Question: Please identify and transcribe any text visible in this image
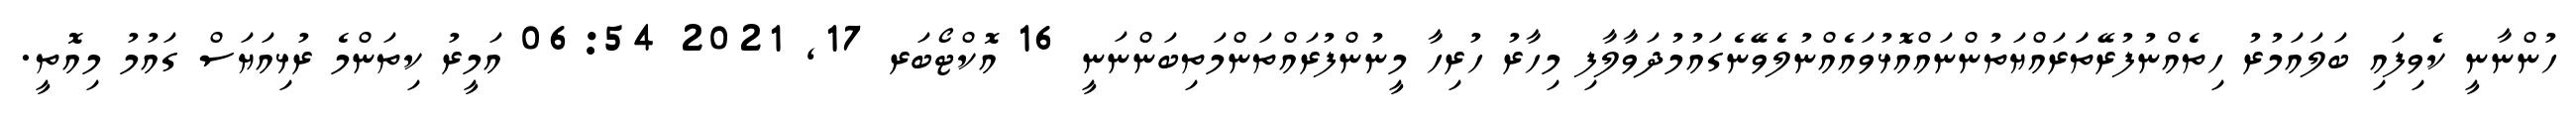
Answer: ހުންނާނީ ކެވިފައި ބަލައަމުރު ހިތެއްނުފުރޭތަަރައްޔަތުންނައްއޮޅުވައެއްނުލެވޭނެގައުމުދަވާލާފި މިހާރު ހުރިހާ މީނުންފުރައްތަންމަތިބަންނަނީ 16 އޮކްޓޯބަރ 17, 2021 06:54 އަމީރު ކިތަންމެ ރުޅިއަޔަސް ގައުމު މިއޮތީ.